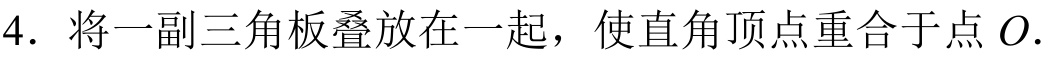
4. 将一副三角板叠放在一起，使直角顶点重合于点 \(O\).